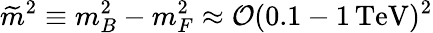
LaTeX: \widetilde m^{2}\equiv m_{B}^{2}-m_{F}^{2}\approx{\cal O}(0.1-1\, \mathrm{TeV})^{2}